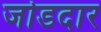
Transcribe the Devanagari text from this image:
जोडदार